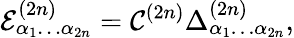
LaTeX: \mathcal{E}_{\alpha_{1}\dots\alpha_{2n}}^{(2n)}=\mathcal{C}^{(2n)}\Delta_{\alpha_{1}\dots\alpha_{2n}}^{(2n)},